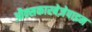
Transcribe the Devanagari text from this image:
औक्सकारबेज़ेपाइन